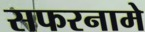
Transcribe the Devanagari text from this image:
सफरनामे